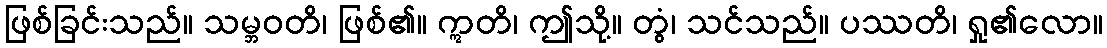
ဖြစ်ခြင်းသည်။ သမ္ဘဝတိ၊ ဖြစ်၏။ ဣတိ၊ ဤသို့။ တွံ၊ သင်သည်။ ပဿတိ၊ ရှု၏လော။